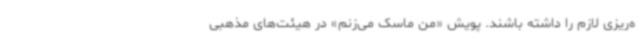
ه‌ریزی لازم را داشته باشند. پویش «من ماسک می‌زنم» در هیئت‌های مذهبی